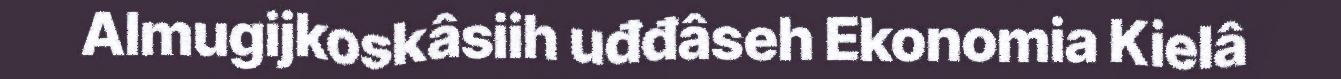
Almugijkoskâsiih uđđâseh Ekonomia Kielâ